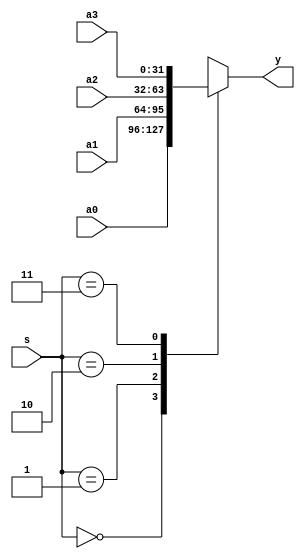
module mux4x32 (a0,a1,a2,a3,s,y);

   input [31:0]  a0,a1,a2,a3;
   input [ 1:0]  s;
   
   output [31:0] y;
   reg [31:0] y;
	initial begin
		y=0;
	end
   always @ *
   case (s)
   
      2'b00: y = a0;
      2'b01: y = a1;
      2'b10: y = a2;
      2'b11: y = a3;
   
   endcase
endmodule